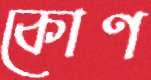
কোণ